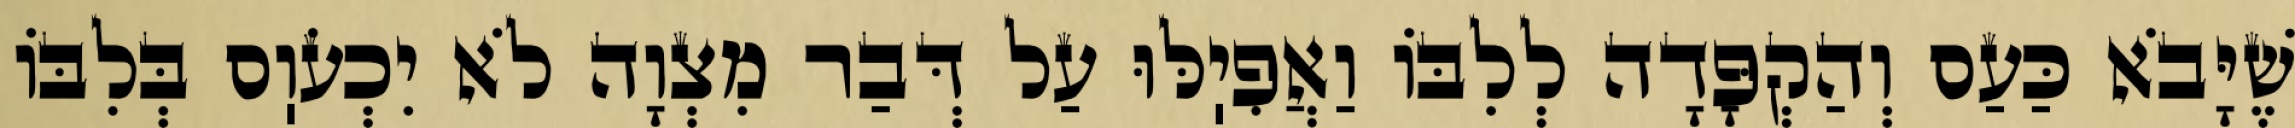
שֶׁיָּבֹא כַּעַס וְהַקְפָּדָה לְלִבּוֹ וַאֲפִיֽלּוּ עַל דְּבַר מִצְוָה לֹא יִכְעֹוֽס בְּלִבּוֹ